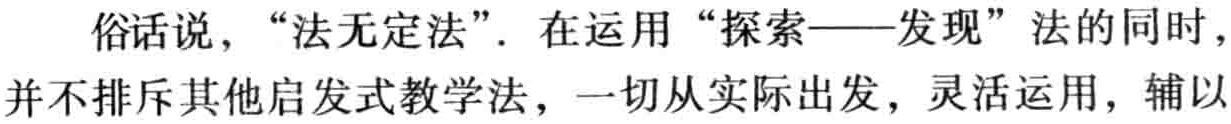
俗话说，“法无定法”. 在运用“探索——发现”法的同时，并不排斥其他启发式教学法，一切从实际出发，灵活运用，辅以